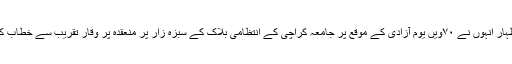
ان خیالات کا اظہار انہوں نے ٧٠ویں یوم آزادی کے موقع پر جامعہ کراچی کے انتظامی بلاک کے سبزہ زار پر منعقدہ پر وقار تقریب سے خطاب کرتے ہوئے کیا۔